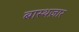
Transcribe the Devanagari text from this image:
बास्थज़ार